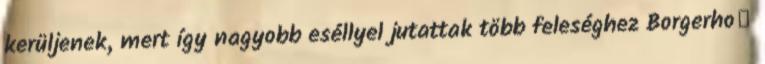
kerüljenek, mert így nagyobb eséllyel jutattak több feleséghez Borgerhoﬀ